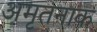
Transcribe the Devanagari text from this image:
अमृतनाक